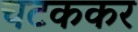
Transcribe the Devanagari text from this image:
चटककर